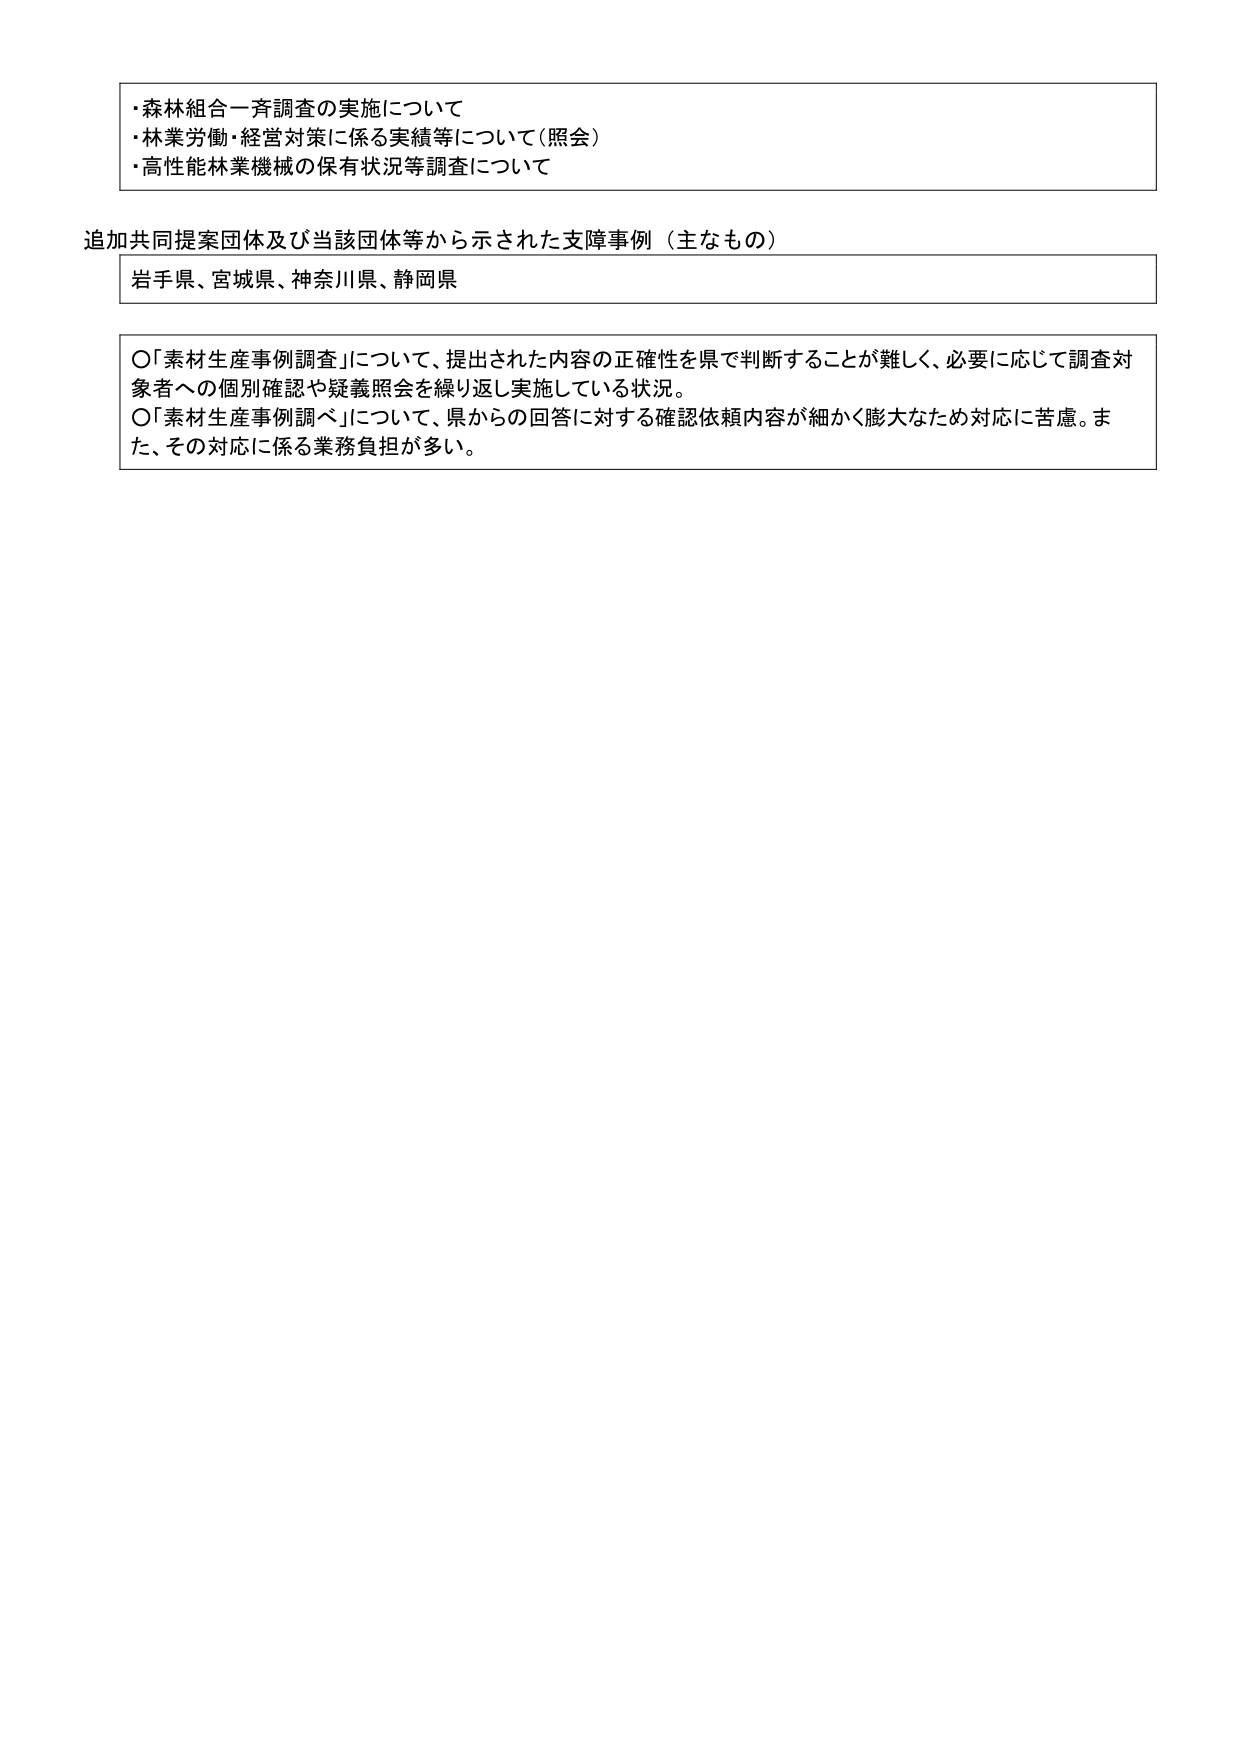
・森林組合一斉調査の実施について
・林業労働・経営対策に係る実績等について（照会）
・高性能林業機械の保有状況等調査について

追加共同提案団体及び当該団体等から示された支障事例（主なもの）
岩手県、宮城県、神奈川県、静岡県

〇「素材生産事例調査」について、提出された内容の正確性を県で判断することが難しく、必要に応じて調査対象者への個別確認や疑義照会を繰り返し実施している状況。
〇「素材生産事例調べ」について、県からの回答に対する確認依頼内容が細かく膨大なため対応に苦慮。また、その対応に係る業務負担が多い。